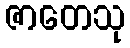
ဇာတေသု